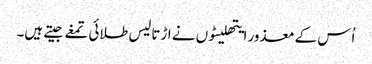
اُس کے معذور ایتھلیٹوں نے اڑتالیس طلائی تمغے جیتے ہیں۔